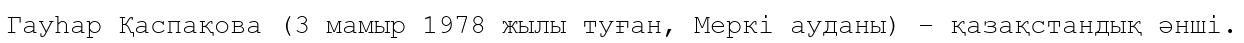
Гауһар Қаспақова (3 мамыр 1978 жылы туған, Меркі ауданы) – қазақстандық әнші.